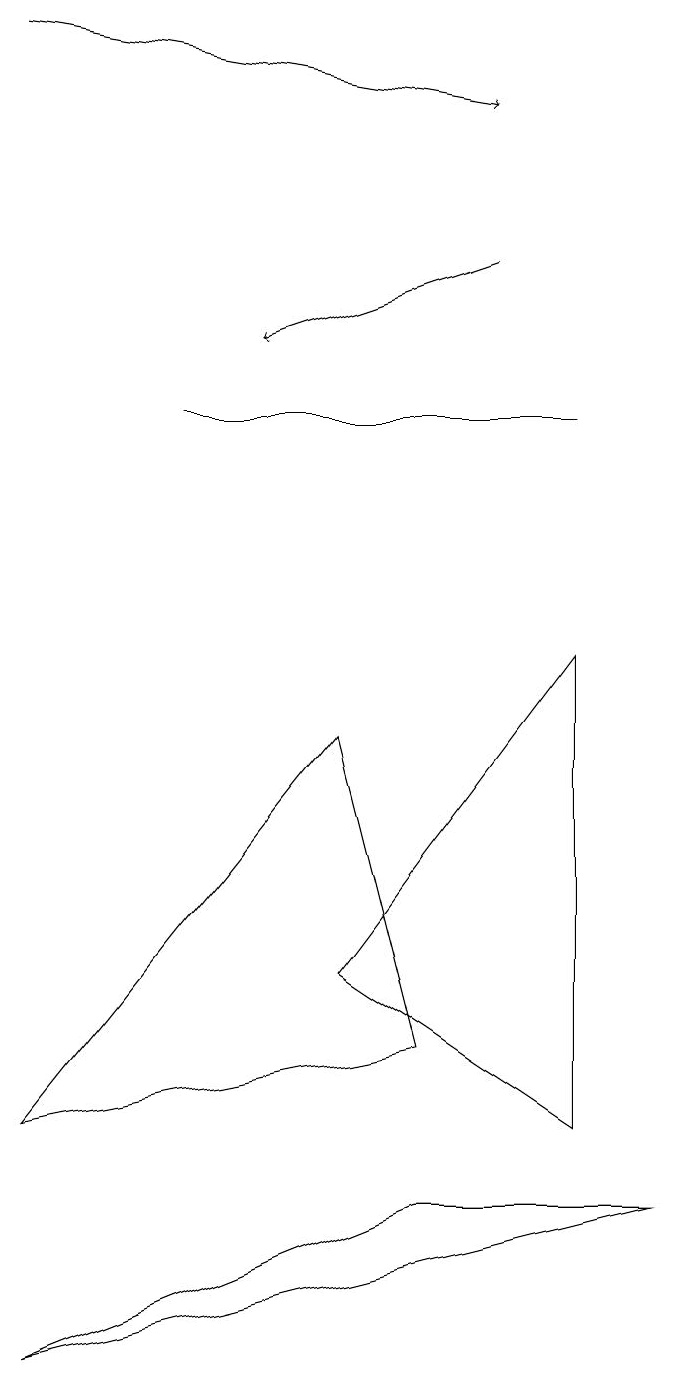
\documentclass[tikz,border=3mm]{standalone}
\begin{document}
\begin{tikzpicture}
\draw (9,2) -- (6,2) -- (1,0) -- cycle;
\draw[->] (7,14) -- (4,13);
\draw (8,3) -- (8,9) -- (5,5) -- cycle;
\draw[->] (1,17) -- (7,16);
\draw (8,12) rectangle (3,12);
\draw (6,4) -- (5,8) -- (1,3) -- cycle;
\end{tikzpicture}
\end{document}